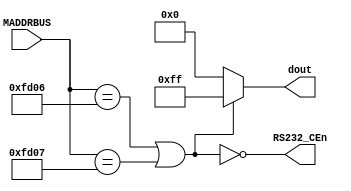
// This program was cloned from: https://github.com/pcornier/FM-7_MiSTer
// License: GNU General Public License v2.0


module RS232(
  //input _2500kHz,
  input [15:0] MADDRBUS,
  output RS232_CEn,
  output [7:0] dout
);

wire RS232_CE = MADDRBUS == 16'hfd06 || MADDRBUS == 16'hfd07;
assign RS232_CEn = ~RS232_CE;
assign dout = RS232_CE ? 8'hff : 8'h00;


// intel 8251A

endmodule